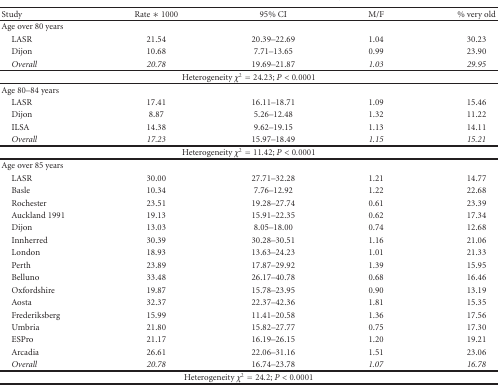
<table><thead><tr><td><b>Study</b></td><td><b>Rate ∗ 1000</b></td><td><b>95% CI</b></td><td><b>M/F</b></td><td><b>% very old</b></td></tr></thead><tbody><tr><td>Age over 80 years</td><td></td><td></td><td></td><td></td></tr><tr><td> LASR</td><td>21.54</td><td>20.39<i>–</i>22.69</td><td>1.04</td><td>30.23</td></tr><tr><td> Dijon</td><td>10.68</td><td>7.71<i>–</i>13.65</td><td>0.99</td><td>23.90</td></tr><tr><td> <i>Overall </i></td><td><i>20.78</i></td><td>19.69<i>–</i>21.87</td><td><i>1.03</i></td><td><i>29.95</i></td></tr><tr><td colspan="5">Heterogeneity <i>χ</i><sup>2</sup> = 24.23; <i>P</i> &lt; 0.0001</td></tr><tr><td>Age 80–84 years</td><td></td><td></td><td></td><td></td></tr><tr><td> LASR</td><td>17.41</td><td>16.11<i>–</i>18.71</td><td>1.09</td><td>15.46</td></tr><tr><td> Dijon</td><td>8.87</td><td>5.26<i>–</i>12.48</td><td>1.32</td><td>11.22</td></tr><tr><td> ILSA</td><td>14.38</td><td>9.62<i>–</i>19.15</td><td>1.13</td><td>14.11</td></tr><tr><td> <i>Overall </i></td><td><i>17.23</i></td><td>15.97<i>–</i>18.49</td><td><i>1.15</i></td><td><i>15.21</i></td></tr><tr><td colspan="5">Heterogeneity <i>χ</i><sup>2</sup> = 11.42; <i>P</i> &lt; 0.0001</td></tr><tr><td>Age over 85 years</td><td></td><td></td><td></td><td></td></tr><tr><td> LASR</td><td>30.00</td><td>27.71<i>–</i>32.28</td><td>1.21</td><td>14.77</td></tr><tr><td> Basle</td><td>10.34</td><td>7.76<i>–</i>12.92</td><td>1.22</td><td>22.68</td></tr><tr><td> Rochester</td><td>23.51</td><td>19.28<i>–</i>27.74</td><td>0.61</td><td>23.39</td></tr><tr><td> Auckland 1991</td><td>19.13</td><td>15.91<i>–</i>22.35</td><td>0.62</td><td>17.34</td></tr><tr><td> Dijon</td><td>13.03</td><td>8.05<i>–</i>18.00</td><td>0.74</td><td>12.68</td></tr><tr><td> Innherred</td><td>30.39</td><td>30.28<i>–</i>30.51</td><td>1.16</td><td>21.06</td></tr><tr><td> London</td><td>18.93</td><td>13.63<i>–</i>24.23</td><td>1.01</td><td>21.33</td></tr><tr><td> Perth</td><td>23.89</td><td>17.87<i>–</i>29.92</td><td>1.39</td><td>15.95</td></tr><tr><td> Belluno</td><td>33.48</td><td>26.17<i>–</i>40.78</td><td>0.68</td><td>16.46</td></tr><tr><td> Oxfordshire</td><td>19.87</td><td>15.78<i>–</i>23.95</td><td>0.90</td><td>13.19</td></tr><tr><td> Aosta</td><td>32.37</td><td>22.37<i>–</i>42.36</td><td>1.81</td><td>15.35</td></tr><tr><td> Frederiksberg</td><td>15.99</td><td>11.41<i>–</i>20.58</td><td>1.36</td><td>17.56</td></tr><tr><td> Umbria</td><td>21.80</td><td>15.82<i>–</i>27.77</td><td>0.75</td><td>17.30</td></tr><tr><td> ESPro</td><td>21.17</td><td>16.19<i>–</i>26.15</td><td>1.20</td><td>19.21</td></tr><tr><td> Arcadia</td><td>26.61</td><td>22.06<i>–</i>31.16</td><td>1.51</td><td>23.06</td></tr><tr><td> <i>Overall </i></td><td><i>20.78</i></td><td>16.74<i>–</i>23.78</td><td><i>1.07</i></td><td><i>16.78</i></td></tr><tr><td colspan="5">Heterogeneity <i>χ</i><sup>2</sup> = 24.2; <i>P</i> &lt; 0.0001</td></tr></tbody></table>